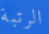
الرتبة